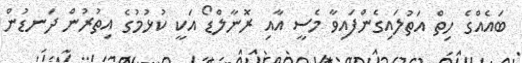
ބައެއްގެ ހިތް އަތުލައިގެންފައިވާ މެސީ އާއި ރޮނާލްޑޯ އަކީ ކުޅުމުގެ އިތުރުން ދަނޑުން